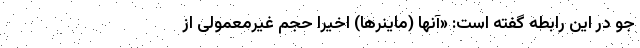
جو در این رابطه گفته است: «آنها (ماینرها) اخیراً حجم غیرمعمولی از